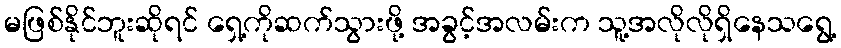
မဖြစ်နိုင်ဘူးဆိုရင် ရှေ့ကိုဆက်သွားဖို့ အခွင့်အလမ်းက သူ့အလိုလိုရှိနေသရွေ့